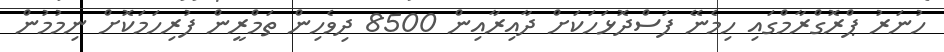
ހުނަރު ޕްރޮގްރާމްގައި ހިމެނޭ ފަސްދޮޅަހަކަށް ދާއިރާއިން 8500 ދިވެހިން ތަމްރީން ފުރިހަމަކޮށް ނިމުމުން